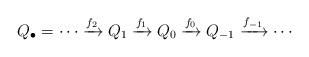
LaTeX: \begin{align*}Q_{\bullet}=\cdots \xrightarrow{f_2} Q_{1} \xrightarrow{f_1} Q_0\xrightarrow{f_0} Q_{-1} \xrightarrow{f_{-1}} \cdots \end{align*}